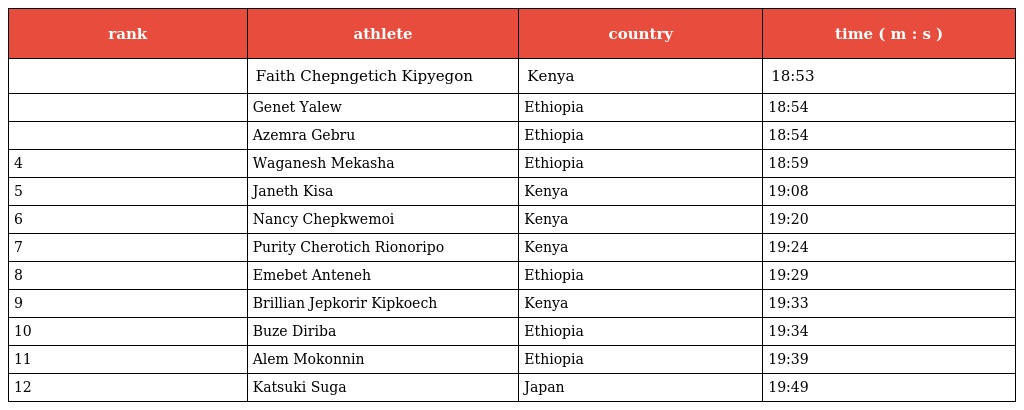
| rank | athlete | country | time ( m : s ) |
 | --- | --- | --- | --- |
 |  | Faith Chepngetich Kipyegon | Kenya | 18:53 |
 |  | Genet Yalew | Ethiopia | 18:54 |
 |  | Azemra Gebru | Ethiopia | 18:54 |
 | 4 | Waganesh Mekasha | Ethiopia | 18:59 |
 | 5 | Janeth Kisa | Kenya | 19:08 |
 | 6 | Nancy Chepkwemoi | Kenya | 19:20 |
 | 7 | Purity Cherotich Rionoripo | Kenya | 19:24 |
 | 8 | Emebet Anteneh | Ethiopia | 19:29 |
 | 9 | Brillian Jepkorir Kipkoech | Kenya | 19:33 |
 | 10 | Buze Diriba | Ethiopia | 19:34 |
 | 11 | Alem Mokonnin | Ethiopia | 19:39 |
 | 12 | Katsuki Suga | Japan | 19:49 |